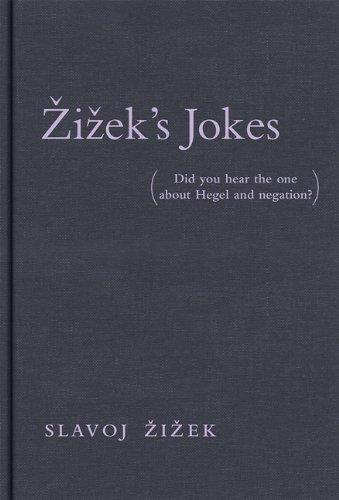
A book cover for Zizek's Jokes: Did You Hear the One about Hegel and Negation?; Slavoj Å½iÅ¾ek; Humor & Entertainment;